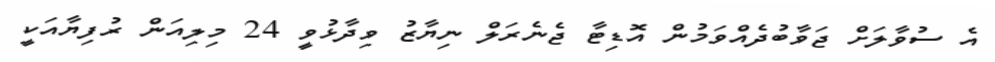
އެ ސުވާލަށް ޖަވާބުދެއްވަމުން އޮޑިޓާ ޖެނެރަލް ނިޔާޒު ވިދާޅުވީ 24 މިލިއަން ރުފިޔާއަކީ